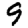
Digit: 9